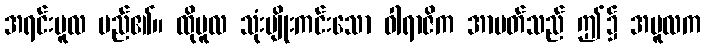
အရင်းမူလ မည်၏။ ထိုမူလ သုံးမျိုးကင်းသော ဝါရာဇိက အာပတ်သည် ဤ၌ အမူလက